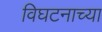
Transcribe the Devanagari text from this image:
विघटनाच्या